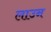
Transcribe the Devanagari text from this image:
लाउन